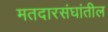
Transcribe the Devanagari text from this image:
मतदारसंघांतील